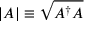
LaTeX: | A | \equiv { \sqrt { A ^ { \dagger } A } }